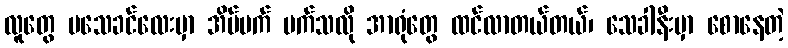
လူတွေ မသေခင်လေးမှာ အိပ်မက် မက်သလို အာရုံတွေ ထင်လာတယ်တယ်၊ သေခါနီးမှာ စောနေတဲ့